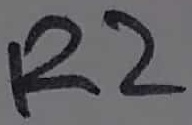
Text: R2